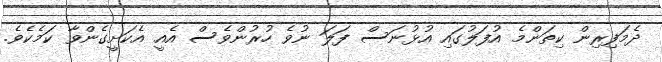
ދެމަފިރިން ކިތަންމެ އުފަލުގައި އުޅުނަސް ފަލަ ނުވެ ހުރުންވެސް އެއީ އެކަށީގެންވާ ކަމެކެވެ.